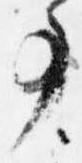
事